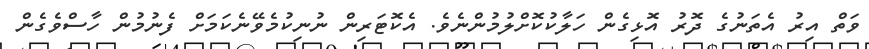
ވަތް އިރު އެތަނުގެ ދޮރު އޮޅިގެން ހަލާކުކޮށްލުމުންނެވެ. އެކޮޓަރިން ނުނިކުމެވޭނެކަމަށް ފެނުމުން ހާސްވެގެން